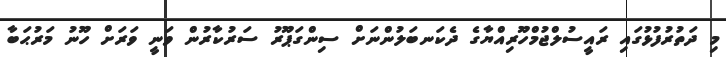
މި ދަތުރުފުޅުގައި ރައީސުލްޖުމްހޫރިއްޔާގެ ދެކަނބަލުންނަށް ސިންގަޕޫރު ސަރުކާރުން ވަނީ ވަރަށް ހޫނު މަރުޙަބާ